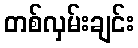
တစ်လှမ်းချင်း